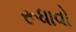
રૂધાવો